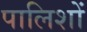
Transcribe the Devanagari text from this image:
पालिशों